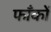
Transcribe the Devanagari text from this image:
फाँकों